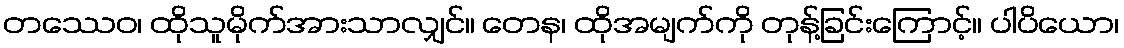
တဿေဝ၊ ထိုသူမိုက်အားသာလျှင်။ တေန၊ ထိုအမျက်ကို တုန့်ခြင်းကြောင့်။ ပါပိယော၊